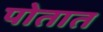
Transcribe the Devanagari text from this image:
पोतात